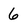
Character: 6